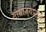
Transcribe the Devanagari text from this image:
साम्राज्यप्रमुख